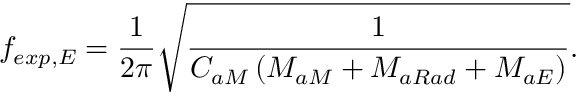
f _ { e x p , E } = \frac { 1 } { 2 \pi } \sqrt { \frac { 1 } { C _ { a M } \left( M _ { a M } + M _ { a R a d } + M _ { a E } \right) } } .